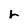
Character: r